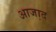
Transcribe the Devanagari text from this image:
आजा़द